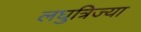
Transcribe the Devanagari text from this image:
लघुत्रिज्या